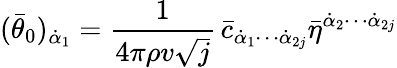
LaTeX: (\bar{\theta}_{0})_{\dot{\alpha}_{1}}=\frac{1}{4\pi\rho v\sqrt{j}}\, \bar{c}_{\dot{\alpha}_{1}\cdots\dot{\alpha}_{2j}}\bar{\eta}^{\dot{\alpha}_{2}\cdots\dot{\alpha}_{2j}}